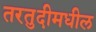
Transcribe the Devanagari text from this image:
तरतुदीमधील